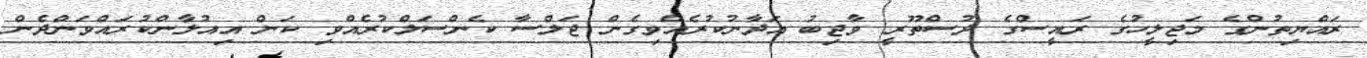
ރައްޔިތުންގެ މަޖިލީހުގެ ރައީސްގެ ދުސްތޫރީ ވާޖިބު އަދާނުކުރެއްވިގެން ޖަލްސާ ކެންސަލްކުރެއްވި ކަން އިއުލާންކުރައްވަންދެން